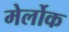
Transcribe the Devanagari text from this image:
मेर्लोक